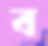
ব